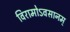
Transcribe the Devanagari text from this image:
विरामोऽवसानम्